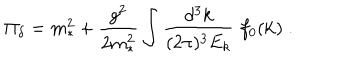
LaTeX: \Pi _ { \delta } = m _ { * } ^ { 2 } + { \frac { g ^ { 2 } } { 2 m _ { * } ^ { 2 } } } \int { \frac { d ^ { 3 } k } { ( 2 \pi ) ^ { 3 } E _ { k } } } \; f _ { 0 } ( { \bf k } ) \; .